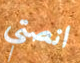
انصتي